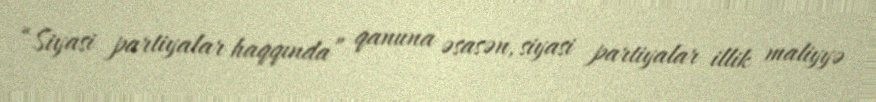
“Siyasi partiyalar haqqında” qanuna əsasən, siyasi partiyalar illik maliyyə